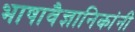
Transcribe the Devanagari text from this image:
भाषावैज्ञानिकांनी